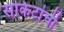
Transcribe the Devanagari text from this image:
सर्किटांची